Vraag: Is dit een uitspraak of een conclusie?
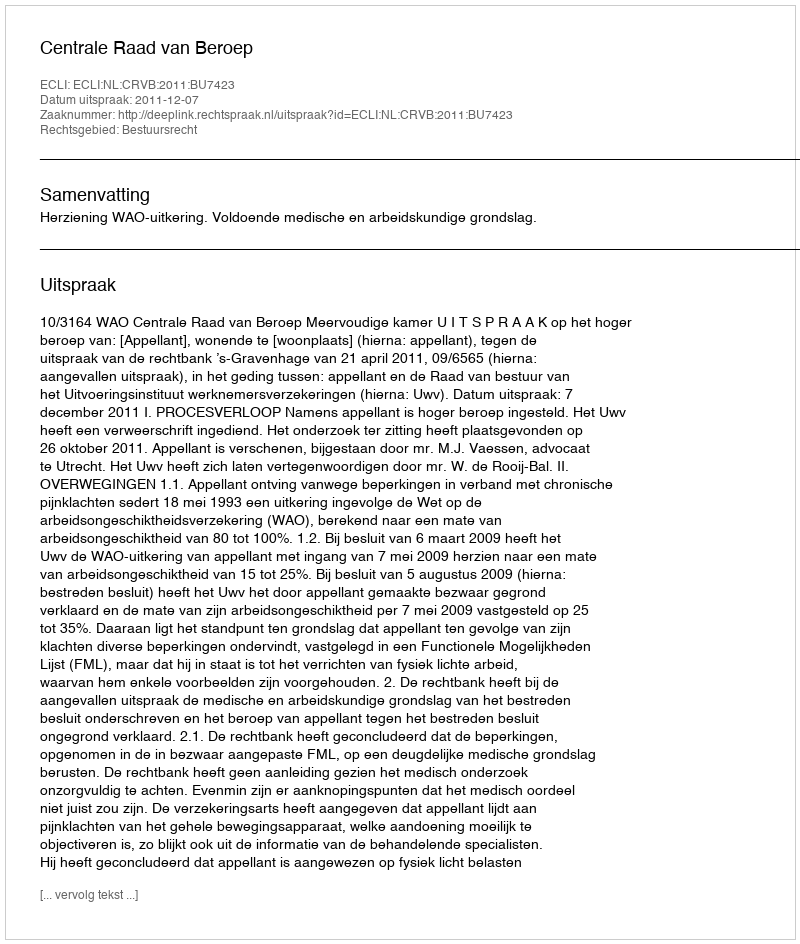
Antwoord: Uitspraak